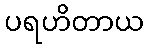
ပရဟိတာယ